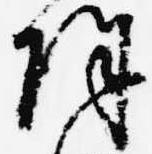
除